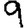
Digit: 9